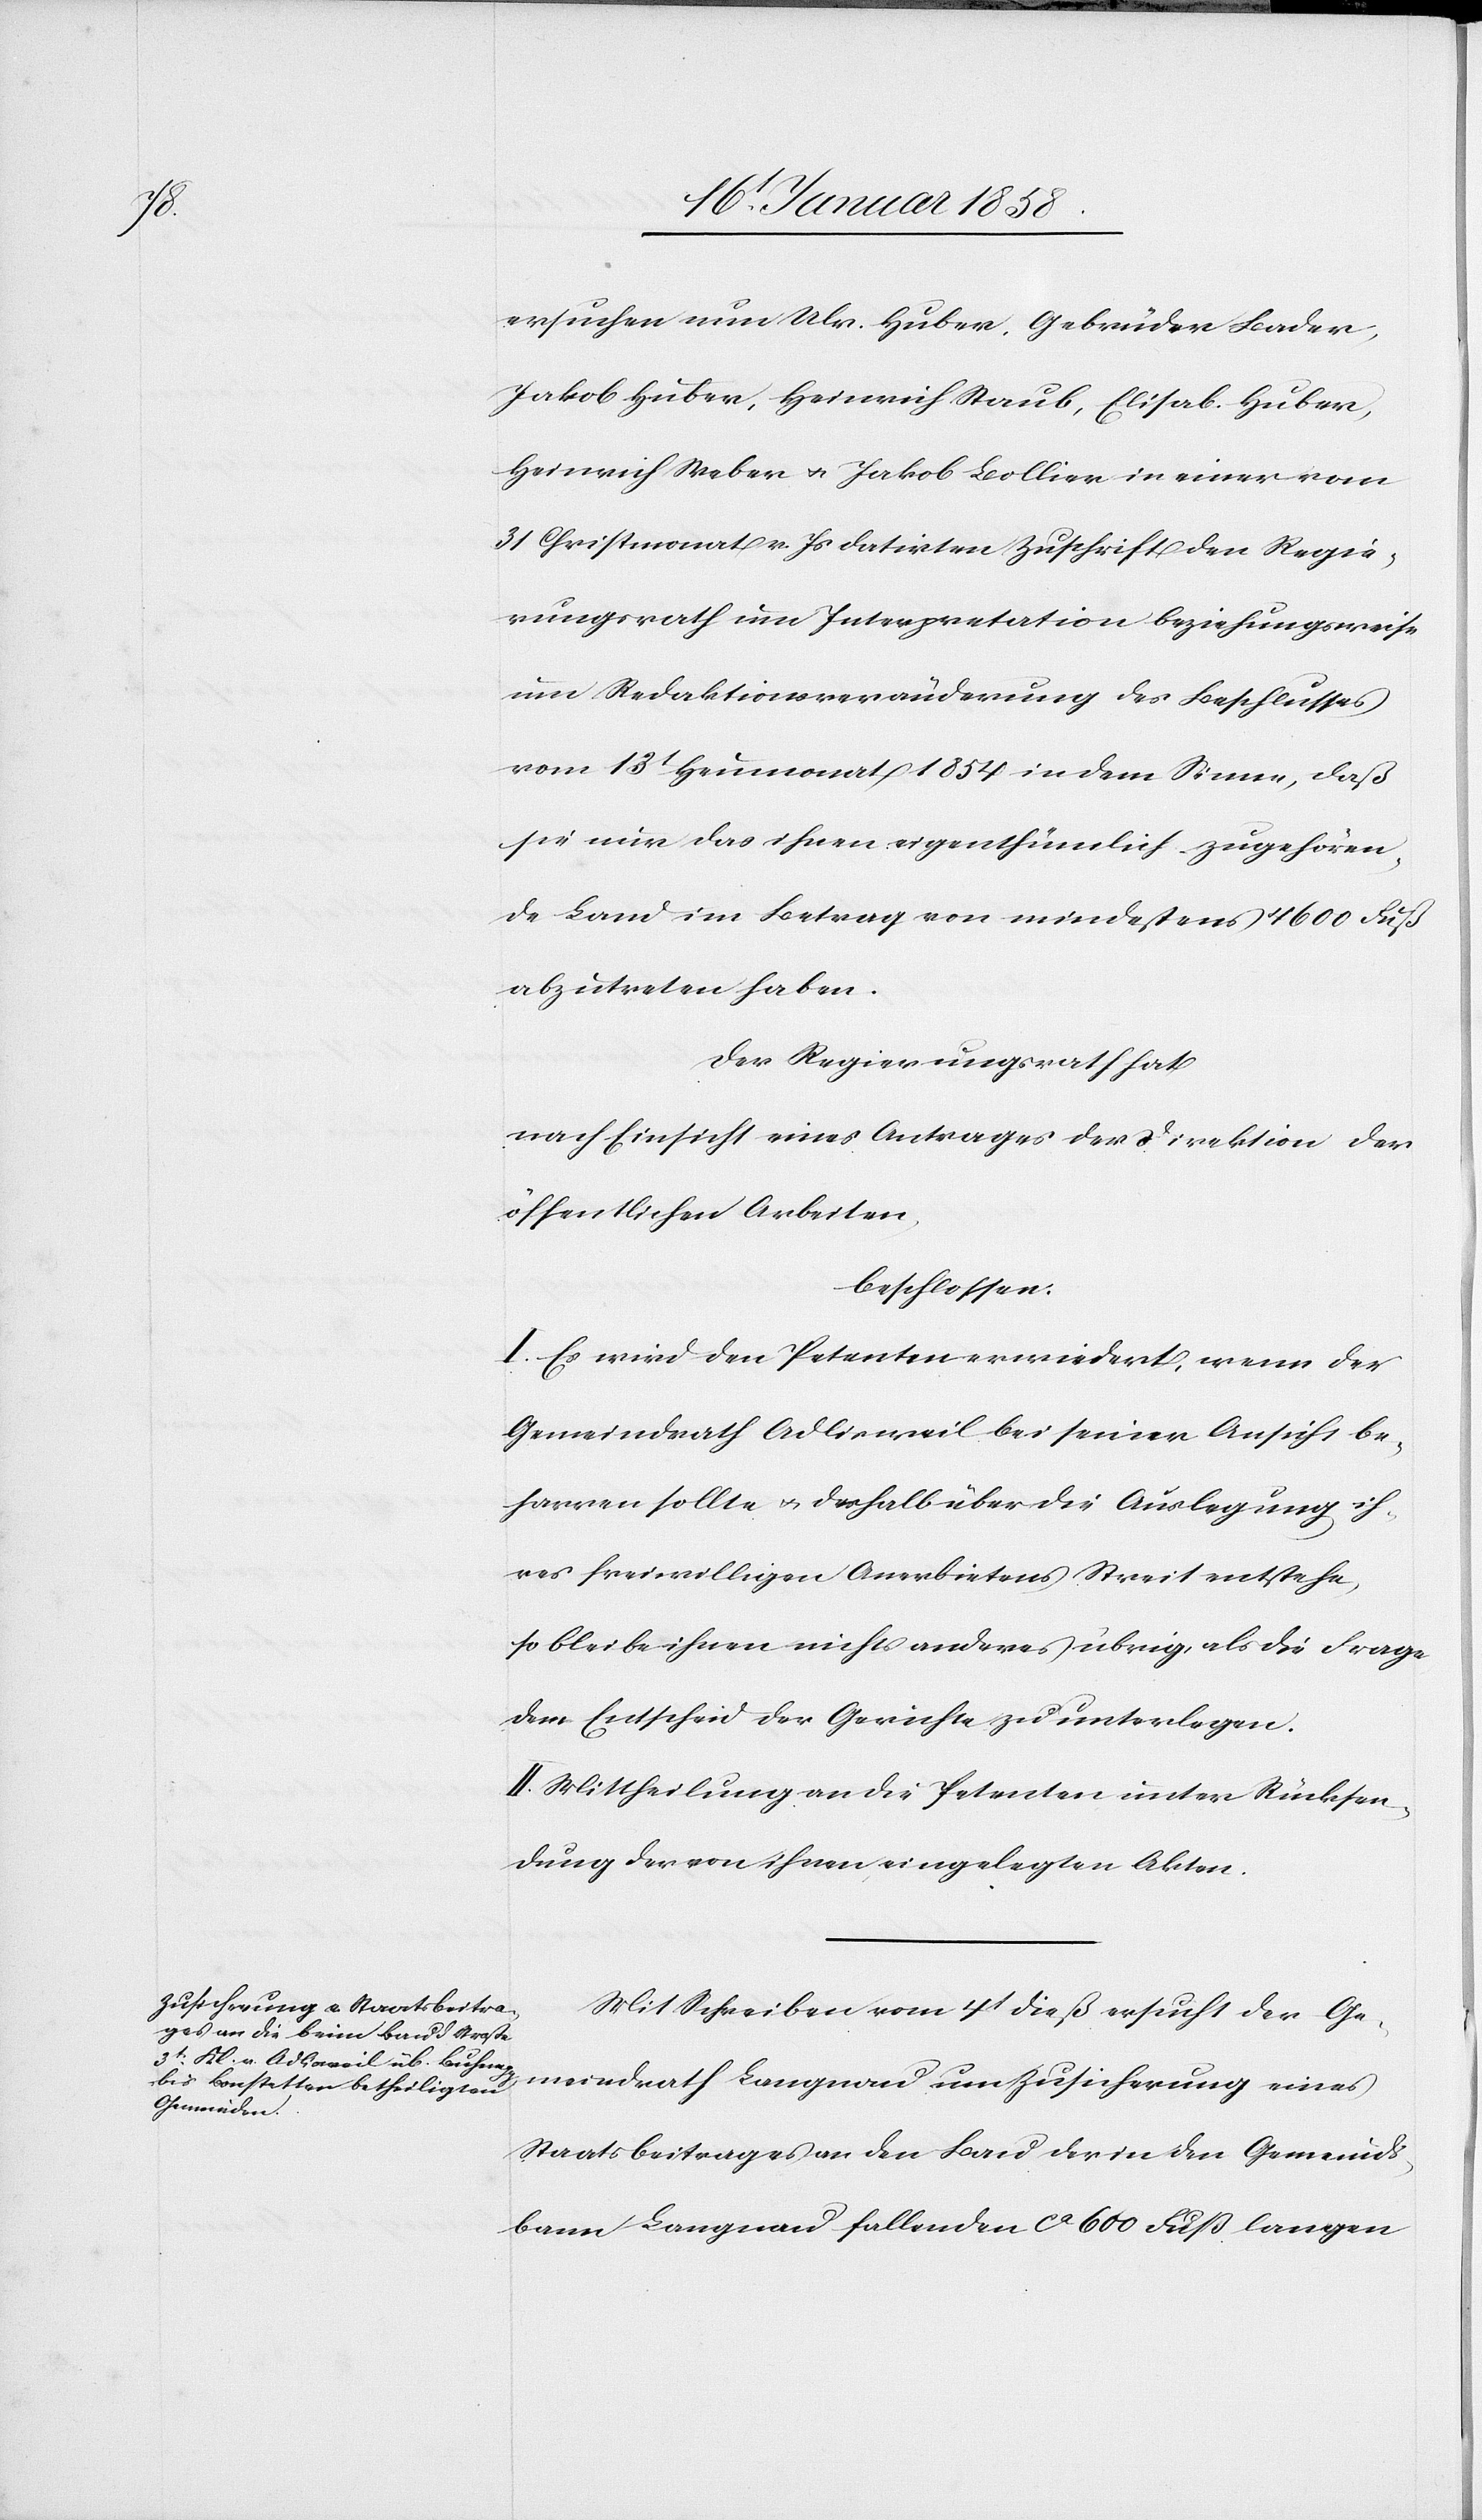
ersuchen nun Ulr. Huber, Gebrüder Bader,
Jakob Huber, Heinrich Staub, Elisab. Huber,
Heinrich Weber u. Jakob Bollier in einer vom
31. Christmonat v. Js. datirten Zuschrift den Regie¬
rungsrath um Interpretation beziehungsweise
um Redaktionsveränderung des Beschlusses
vom 13t Heumonat 1854 in dem Sinne, daß
sie nur das ihnen eigenthümlich zugehören¬
de Land im Betrag von mindestens 4600 Fuß
abzutreten haben.
Der Regierungsrath hat
nach Einsicht eines Antrages der Direktion der
öffentlichen Arbeiten,
beschlossen:
I. Es wird den Petenten erwiedert, wenn der
Gemeindrath Adlisweil bei seiner Ansicht be¬
harren sollte u. deshalb über die Auslegung ih¬
res freiwilligen Anerbietens Streit entstehe,
so bleibe ihnen nichts anderes übrig, als die Frage
dem Entscheid der Gerichte zu unterlegen.
II. Mittheilung an die Petenten unter Rücksen¬
dung der von ihnen eingelegten Akten.
Mit Schreiben vom 4t dieß ersucht der Ge¬
meindrath Langnau um Zusicherung eines
Staatsbeitrages an den Bau der in den Gemeinds¬
bann Langnau fallenden ca 600 Fuß langen